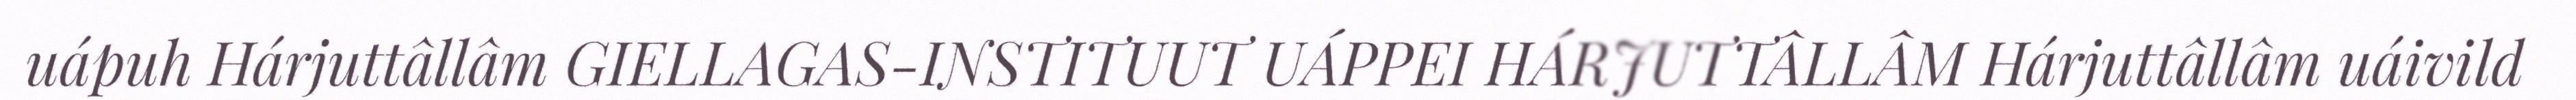
uápuh Hárjuttâllâm GIELLAGAS-INSTITUUT UÁPPEI HÁRJUTTÂLLÂM Hárjuttâllâm uáivild